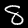
Digit: 8